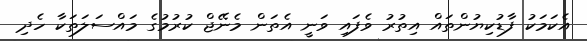
އެކަމަކު ފާޑުކިޔުންތައް އިތުރު ވެފައި ވަނީ އެތަން މެނޭޖް ކުރުމުގެ މައްސަލަތަކާ ހެދި